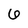
Character: 6